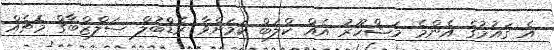
އެ ގައުމުގެ އެންމެ މަޝްހޫރު އެއް ކްލަބް ކަމަށްވާ ރެޑްބުލް ސަލްޒްބާގް މެޗެއް